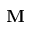
\mathbf { M }